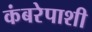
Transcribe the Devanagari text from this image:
कंबरेपाशी